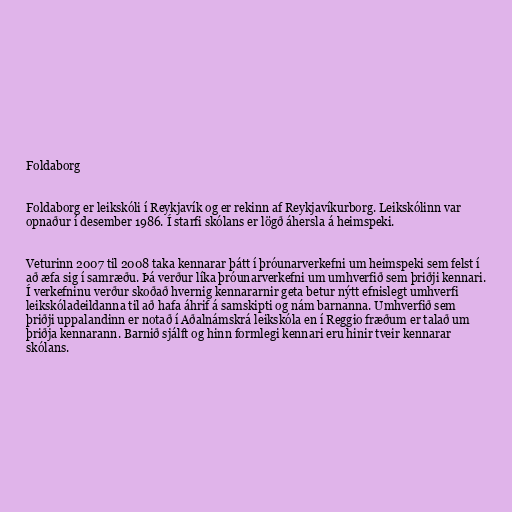
Foldaborg

Foldaborg er leikskóli í Reykjavík og er rekinn af Reykjavíkurborg. Leikskólinn var
opnaður í desember 1986. Í starfi skólans er lögð áhersla á heimspeki.

Veturinn 2007 til 2008 taka kennarar þátt í þróunarverkefni um heimspeki sem felst í
að æfa sig í samræðu. Þá verður líka þróunarverkefni um umhverfið sem þriðji kennari.
Í verkefninu verður skoðað hvernig kennararnir geta betur nýtt efnislegt umhverfi
leikskóladeildanna til að hafa áhrif á samskipti og nám barnanna. Umhverfið sem
þriðji uppalandinn er notað í Aðalnámskrá leikskóla en í Reggio fræðum er talað um
þriðja kennarann. Barnið sjálft og hinn formlegi kennari eru hinir tveir kennarar
skólans.